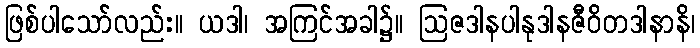
ဖြစ်ပါသော်လည်း။ ယဒါ၊ အကြင်အခါ၌။ ဩဇဒါနပါနုဒါနဇီဝိတဒါနာနိ၊